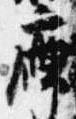
席